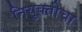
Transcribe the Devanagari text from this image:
नियुक्तीचा